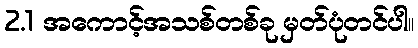
2.1 အကောင့်အသစ်တစ်ခု မှတ်ပုံတင်ပါ။